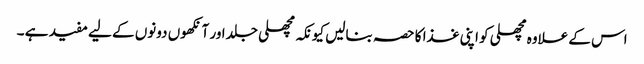
اس کے علاوہ مچھلی کو اپنی غذا کا حصہ بنالیں کیونکہ مچھلی جلد اور آنکھوں دونوں کے لیے مفید ہے ۔